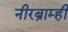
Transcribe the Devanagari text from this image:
नीरब्राम्‍ही